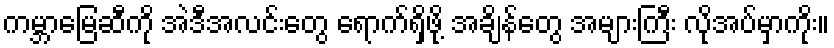
ကမ္ဘာမြေဆီကို အဲဒီအလင်းတွေ ရောက်ရှိဖို့ အချိန်တွေ အများကြီး လိုအပ်မှာကိုး။